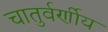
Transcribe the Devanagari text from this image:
चातुर्वर्णीय